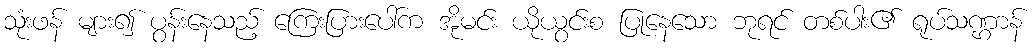
သုံးဖန် များ၍ ပွန်းနေသည့် ကြေးပြားပေါ်က အိုမင်း ယိုယွင်းစ ပြုနေသော ဘုရင် တစ်ပါး၏ ရုပ်သဏ္ဌာန်